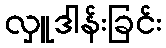
လှူဒါန်းခြင်း